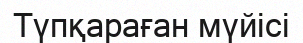
Түпқараған мүйісі